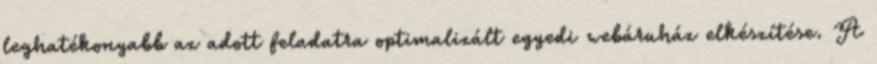
leghatékonyabb az adott feladatra optimalizált egyedi webáruház elkészítése. A